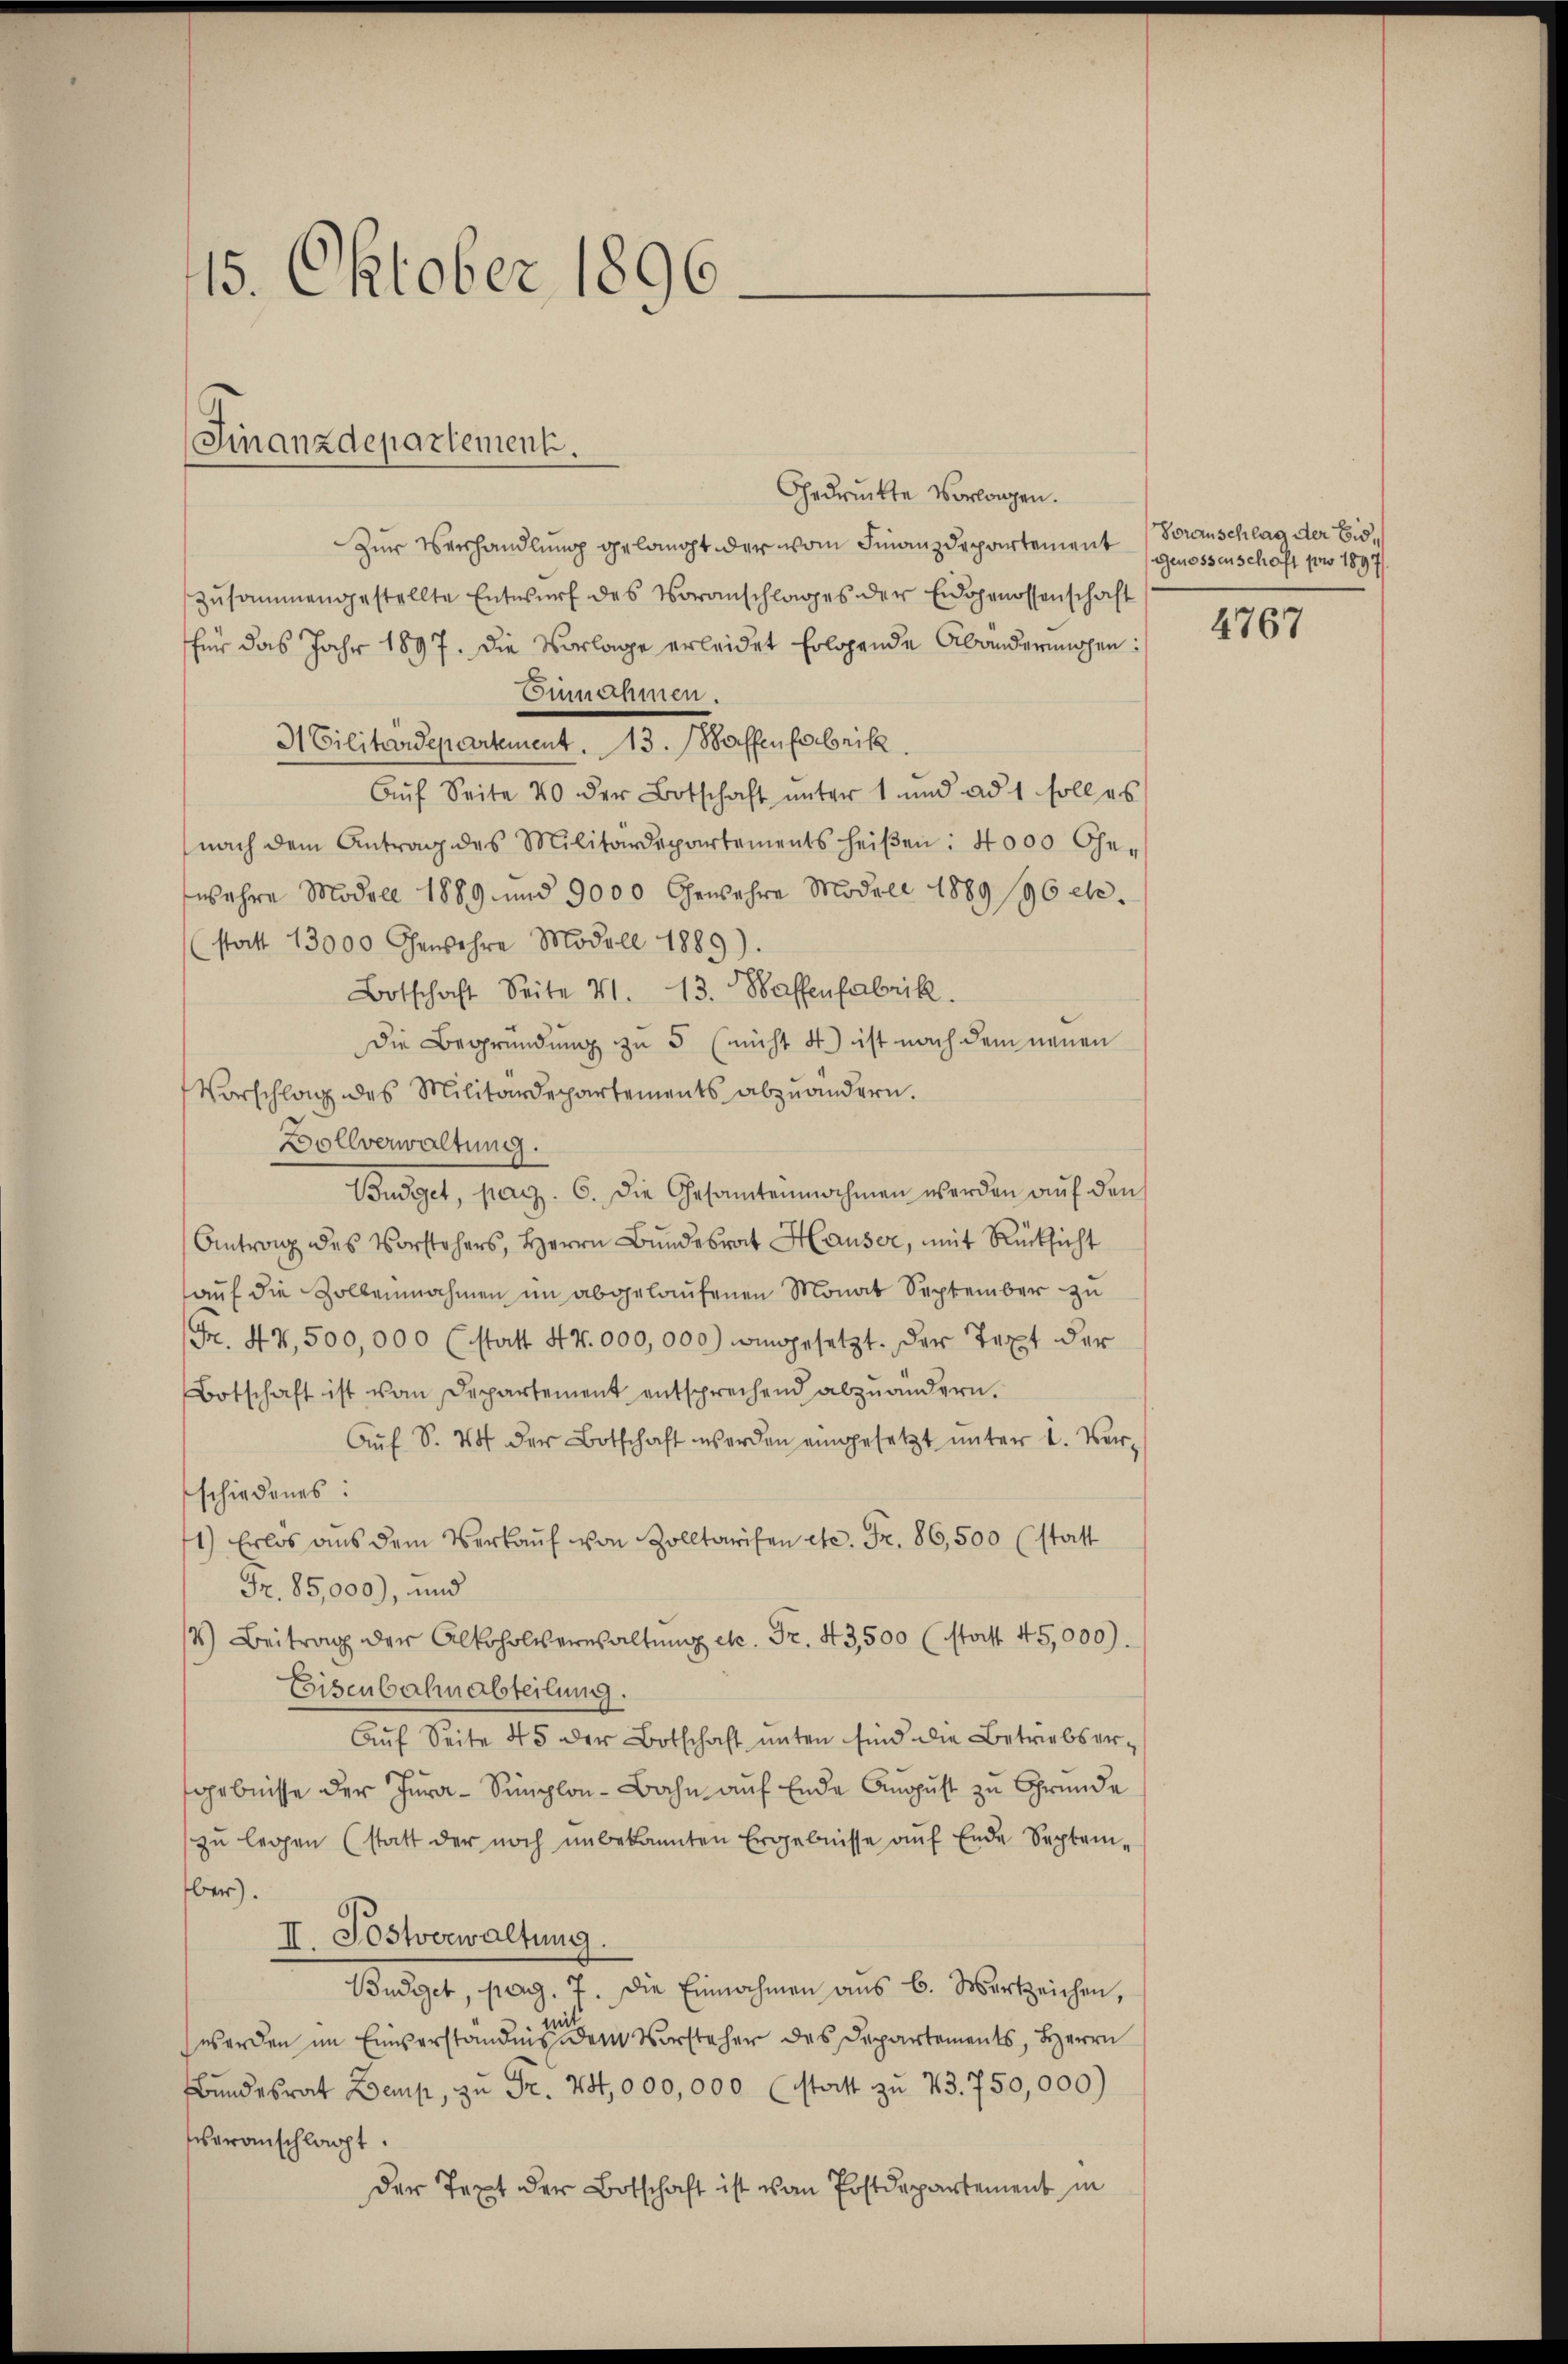
15. Oktober 1896

Finanzdepartement.

Gedruckte Vorlagen.
Zur Verhandlung gelangt der vom Finanzdepartement
zusammengestellte Entwurf des Voranschlages der Eidgenossenschaft
für das Jahr 1897. Die Vorlage erleidet Erlösende Abändernissen:
Ennehmen.
H Cilitärdepartement. 13. Waffenfabrik.
Auf Seite 40 der Botschaft unter 1 und ad 1 soll es
nach dem Antrag des Militärdepartements heißen: 4000 Gher
wahre Modell 1889 und 9000 Gewehre Modell 1889/96 etc.
(statt 13000 Gewehre Modell 1889).
Botschaft Seite 41. 13. Waffenfabrik.
Die Begründung zu 5 (nicht 4) ist nach dem neuen
Vorschlag des Militärdepartements abzuändern.
Bollverwaltung.
Büdget, pag. 6. Die Gesamtennahmen werden aŭf den
Antrag des Vorstehers, Herrn Bundesrat Hauser, mit Rücksicht
auf die Zollennahmen im abgelaufenen Monat September zu
Fr. 47,500,000 (statt 47.000,000) eingesetzt. Der Text der
Botschaft ist vom Departement entsprechend abzuändern.
Aŭf S. 44 der Botschaft werden eingesetzt ŭnter 2. Ver-
schiedenes:
1) Erlös aus dem Verkaŭf von Zolltarifen etc. Fr. 86,500 (statt
Fr. 85,000), und
/4) Beitrag der Alkoholverwaltŭng etc. Fr. 43,500 (statt 45,000).
Eisenbahnabteilung.
Auf Seite 45 der Botschaft unten sind die Betriebsergebnisse der Jura-Simplon-Bahn auf Ende August zu Grunde
zŭ legen (statt der noch unbekannten Ergebnisse aŭf Ende Septem-
ber).
II. Postverwaltung.
Budiget, pag. 7. Die Einnahmen aus B. Werkzeichen,
mit
werden im Einverständnis dem Vorsteher des Departements, Herrn
Bundesrat Zoemp, zu Fr. 70,000,000 (statt zu 73. 750,000)
veranschlagt.
der Text der Botschaft ist von Postdepartement in

Voranschlag der Eid¬
Genossenschaft pro 1897

4767